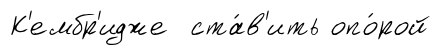
К'ембр'идже ста́в'ить опо́рой